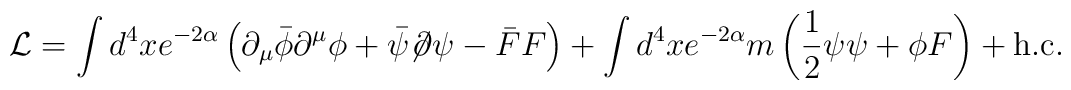
{\cal L} = \int d^4 x e^{-2\alpha} \left( \partial_\mu \bar{\phi}    \partial^\mu \phi + \bar{\psi}  {\not\!\partial} \psi - \bar{F}    F\right)  + \int d^4 x e^{-2\alpha} m \left( \frac{1}{2} \psi \psi + \phi F    \right) + \mbox{h.c.}